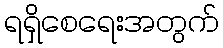
ရရှိစေရေးအတွက်